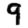
Digit: 9